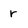
Character: r